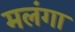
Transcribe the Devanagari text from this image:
मलंगा